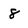
Character: 8